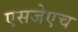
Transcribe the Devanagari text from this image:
एसजेएच